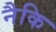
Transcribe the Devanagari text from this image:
नैकि